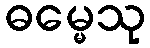
ဓမ္မေသု